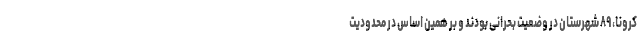
کرونا، ۸۹ شهرستان در وضعیت بحرانی بودند و بر همین اساس در محدودیت